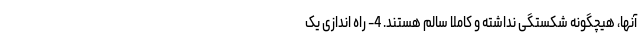
آنها، هیچگونه شکستگی نداشته و کاملاً سالم هستند. 4- راه اندازی یک